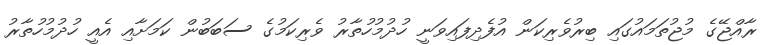
ރާއްޖޭގެ މުޖުތަމައުގައި ބިރުވެރިކަން އުފެދިފައިވަނީ ހުދުމުހުތާރު ވެރިކަމުގެ ސަބަބުން ކަމަށާއި އެއީ ހުދުމުހުތާރު